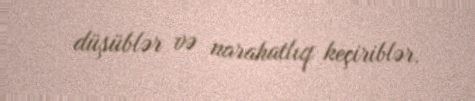
düşüblər və narahatlıq keçiriblər.